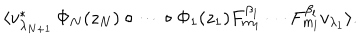
\langle v _ { \lambda _ { N + 1 } } ^ { \ast } \, \Phi _ { N } ( z _ { N } ) \circ \cdots \circ \Phi _ { 1 } ( z _ { 1 } ) F _ { m _ { 1 } } ^ { \beta _ { 1 } } \cdots F _ { m _ { l } } ^ { \beta _ { l } } v _ { \lambda _ { 1 } } \rangle .